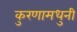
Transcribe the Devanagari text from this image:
कुरणामधुनी